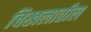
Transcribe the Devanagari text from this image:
चिखलातील